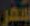
شعر